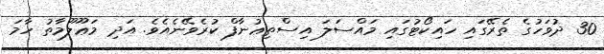
30 ދުވަހުގެ ތެރޭގައި ހައިކޯޓުގައި މައްސަލަ އިސްތިޢުނާފް ކުރެވޭނެއެވެ. އަދި މަޢޫލޫމާތު ހާމަ